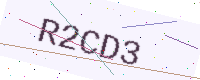
Text: R2CD3